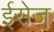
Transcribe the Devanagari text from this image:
ईसेज